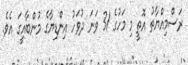
ރަސްމިއްޔާތު އޮތީ މި މަހުގެ 31 ވަނަ ދުވަހު އިންޑިޔާގެ މުންބާއީގަ އެވެ.